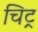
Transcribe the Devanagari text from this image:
चिट्र